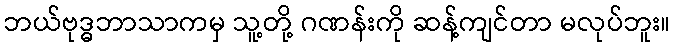
ဘယ်ဗုဒ္ဓဘာသာကမှ သူ့တို့ ဂဏန်းကို ဆန့်ကျင်တာ မလုပ်ဘူး။